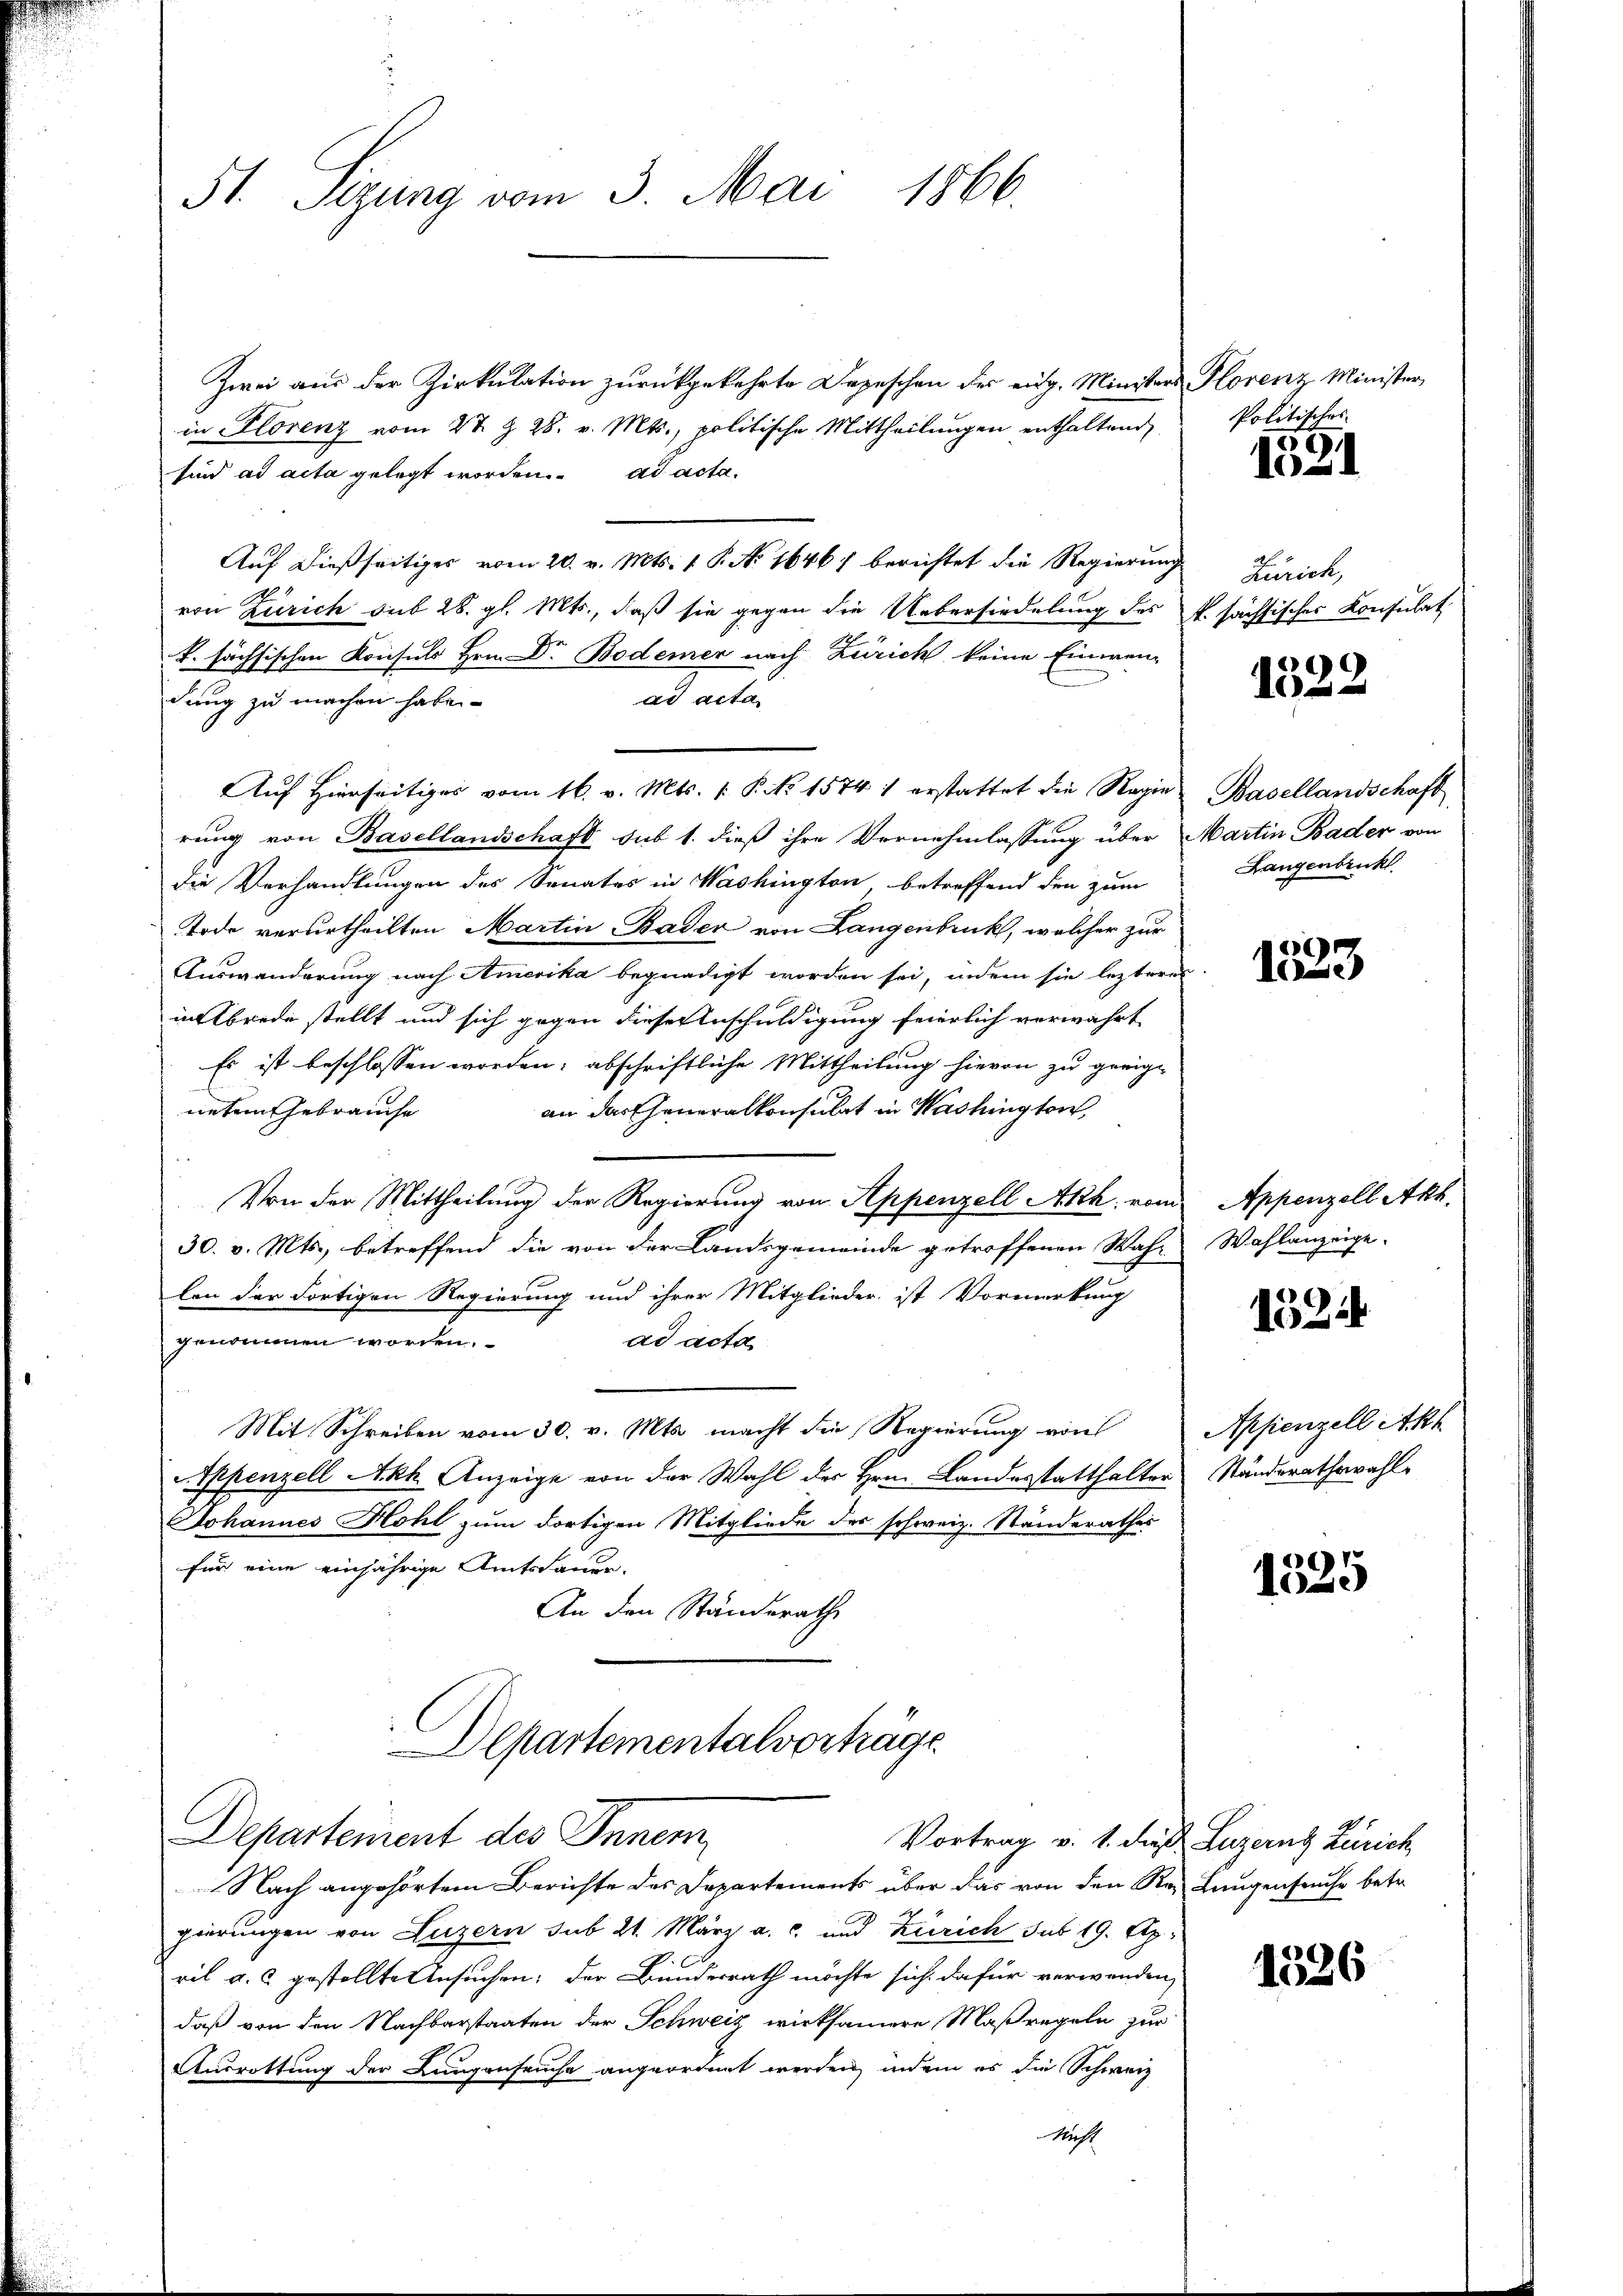
5t. Sizung vom 3. Mai 1866.

Zwei aus der Zirkulation zurückgekehrte Depeschen der eidg. Ministers Florenz Minister
in Florenz vom 2t. § 28. v. Mts., politische Mittheilungen enthaltend
sind ad acta gelegt worden. ad acta.
von Zürich sub 28. gl. Mts., daß sie gegen die Uebersiedelung des P. sächsisches Konsulat
k. sächsischen Konsuls Hrn. Dr. Bodemer nach Zürich keine Einwen-
ad acta.
dung zu machen haben.
rung von Basellandschaft sub 1. dieß ihre Vernehmlassung über Martin Bader von
Die Verhandlungen des Senates in Washington betreffend den zum
Tode verurtheilten Martin Bader von Langenbruck, welcher zur
Auswanderung nach Amerika begnadigt worden sei, indem sie lezteres
in Abrede stellt und sich gegen dieser Anschuldigung feierlich verwahrt
Es ist beschlossen worden; abschriftliche Mittheilung hievon zu geeig-
an das Cheneralkonsulat in Washington,
neten Gebrauche
Von der Mittheilung der Regierung von Appenzell Akh. vom Appenzell Akh.
30. v. Mts., betreffend die von der Landsgemeinde getroffenen Wahr Wahlanzeige-
len der dortigen Regierung und ihrer Mitglieder ist Vormerkung
genommen worden.
ad acta
Mit Schreiben vom 30. v. Mts. macht die Regierung von
Appenzell Akh. Anzeige von der Wahl des Hrn. Landesstatthalter Ständerathswahl¬
Johannes Hohl zum dortigen Mitgliede des schweiz. Ständerathes
für eine einjährige Amtsdauer.
An den Standerath

Auf dießseitiger vom 20. v. Mts. 1 P. No 1646/ berichtet die Regierung Zürich,

Auf Hierseitiges vom 16. v. Mts. 1. P. Nr. 15741 erstattet die Regie Basellandschaft

Departementalvorträge
Departement des Innern
Nach angehörtem Berichte des Departements über das von den Rez Lungenseuche betr.

gierungen von Luzern sub 21. März a. c. und Zürich sub 19. Ap
ril a. c. gestellte Ansuchen; der Bunderrath möchte sich dafür verwenden,
daß von den Nachbarstaaten der Schweiz wirksamere Maßregeln zur
Ausrottung der Lungenseuche angeordnet werden, indem es die Schweiz
Nicht

Politisches

19.
1

1522

Langenbruck

1523

1524

Appenzell Akl

1325

1526

Vortrag v. 1. dieß Luzern Zürich